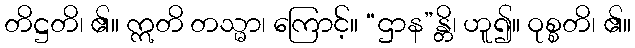
တိဋ္ဌတိ၊ ၏။ ဣတိ တသ္မာ၊ ကြောင့်။ “ဌာန”န္တိ၊ ဟူ၍။ ဝုစ္စတိ၊ ၏။